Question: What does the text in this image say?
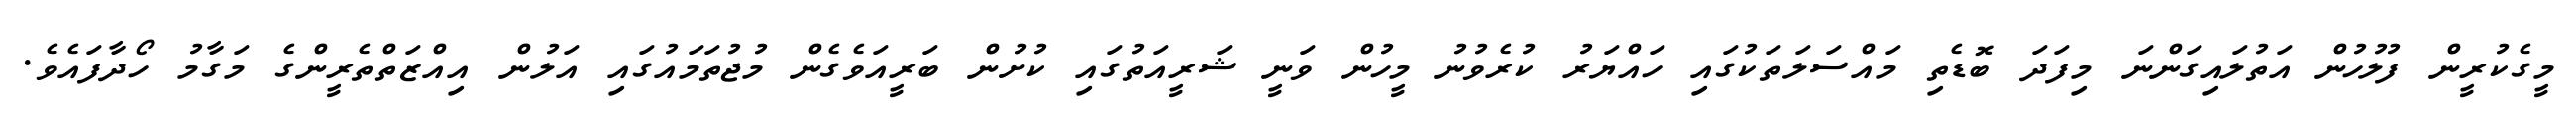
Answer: މީގެކުރީން ފުލުހުން އަތުލައިގަންނަ މިފަދަ ބޮޑެތި މައްސަލަތަކުގައި ހައްޔަރު ކުރެވުނު މީހުން ވަނީ ޝަރީއަތުގައި ކުށުން ބަރީއަވެގެން މުޖުތަމައުގައި އަލުން އިއްޒަތްތެރީންގެ މަގާމު ހޯދާފައެވެ.